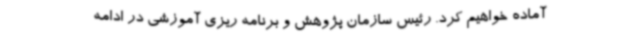
آماده خواهیم کرد. رئیس سازمان پژوهش و برنامه ریزی آموزشی در ادامه